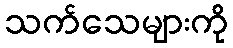
သက်သေများကို